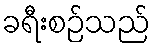
ခရီးစဉ်သည်